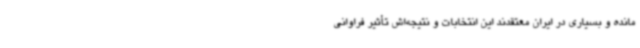
مانده و بسیاری در ایران معتقدند این انتخابات و نتیجه‌اش تأثیر فراوانی